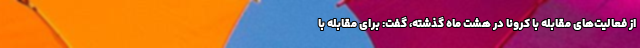
از فعالیت‌های مقابله با کرونا در هشت ماه گذشته، گفت: برای مقابله با